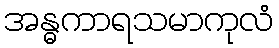
အန္ဓကာရသမာကုလံ